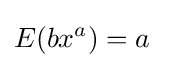
E(bx^{a})=a\